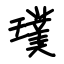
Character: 璞